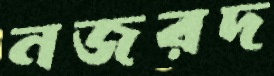
নজরদ